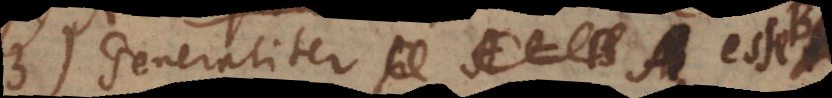
83) Generaliter A esse